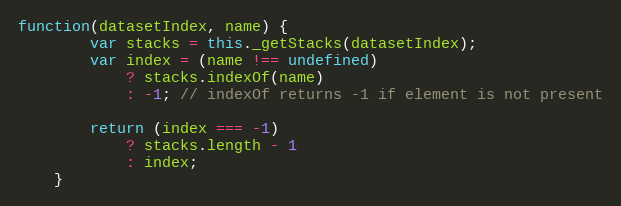
Language: JavaScript
function(datasetIndex, name) {
		var stacks = this._getStacks(datasetIndex);
		var index = (name !== undefined)
			? stacks.indexOf(name)
			: -1; // indexOf returns -1 if element is not present

		return (index === -1)
			? stacks.length - 1
			: index;
	}